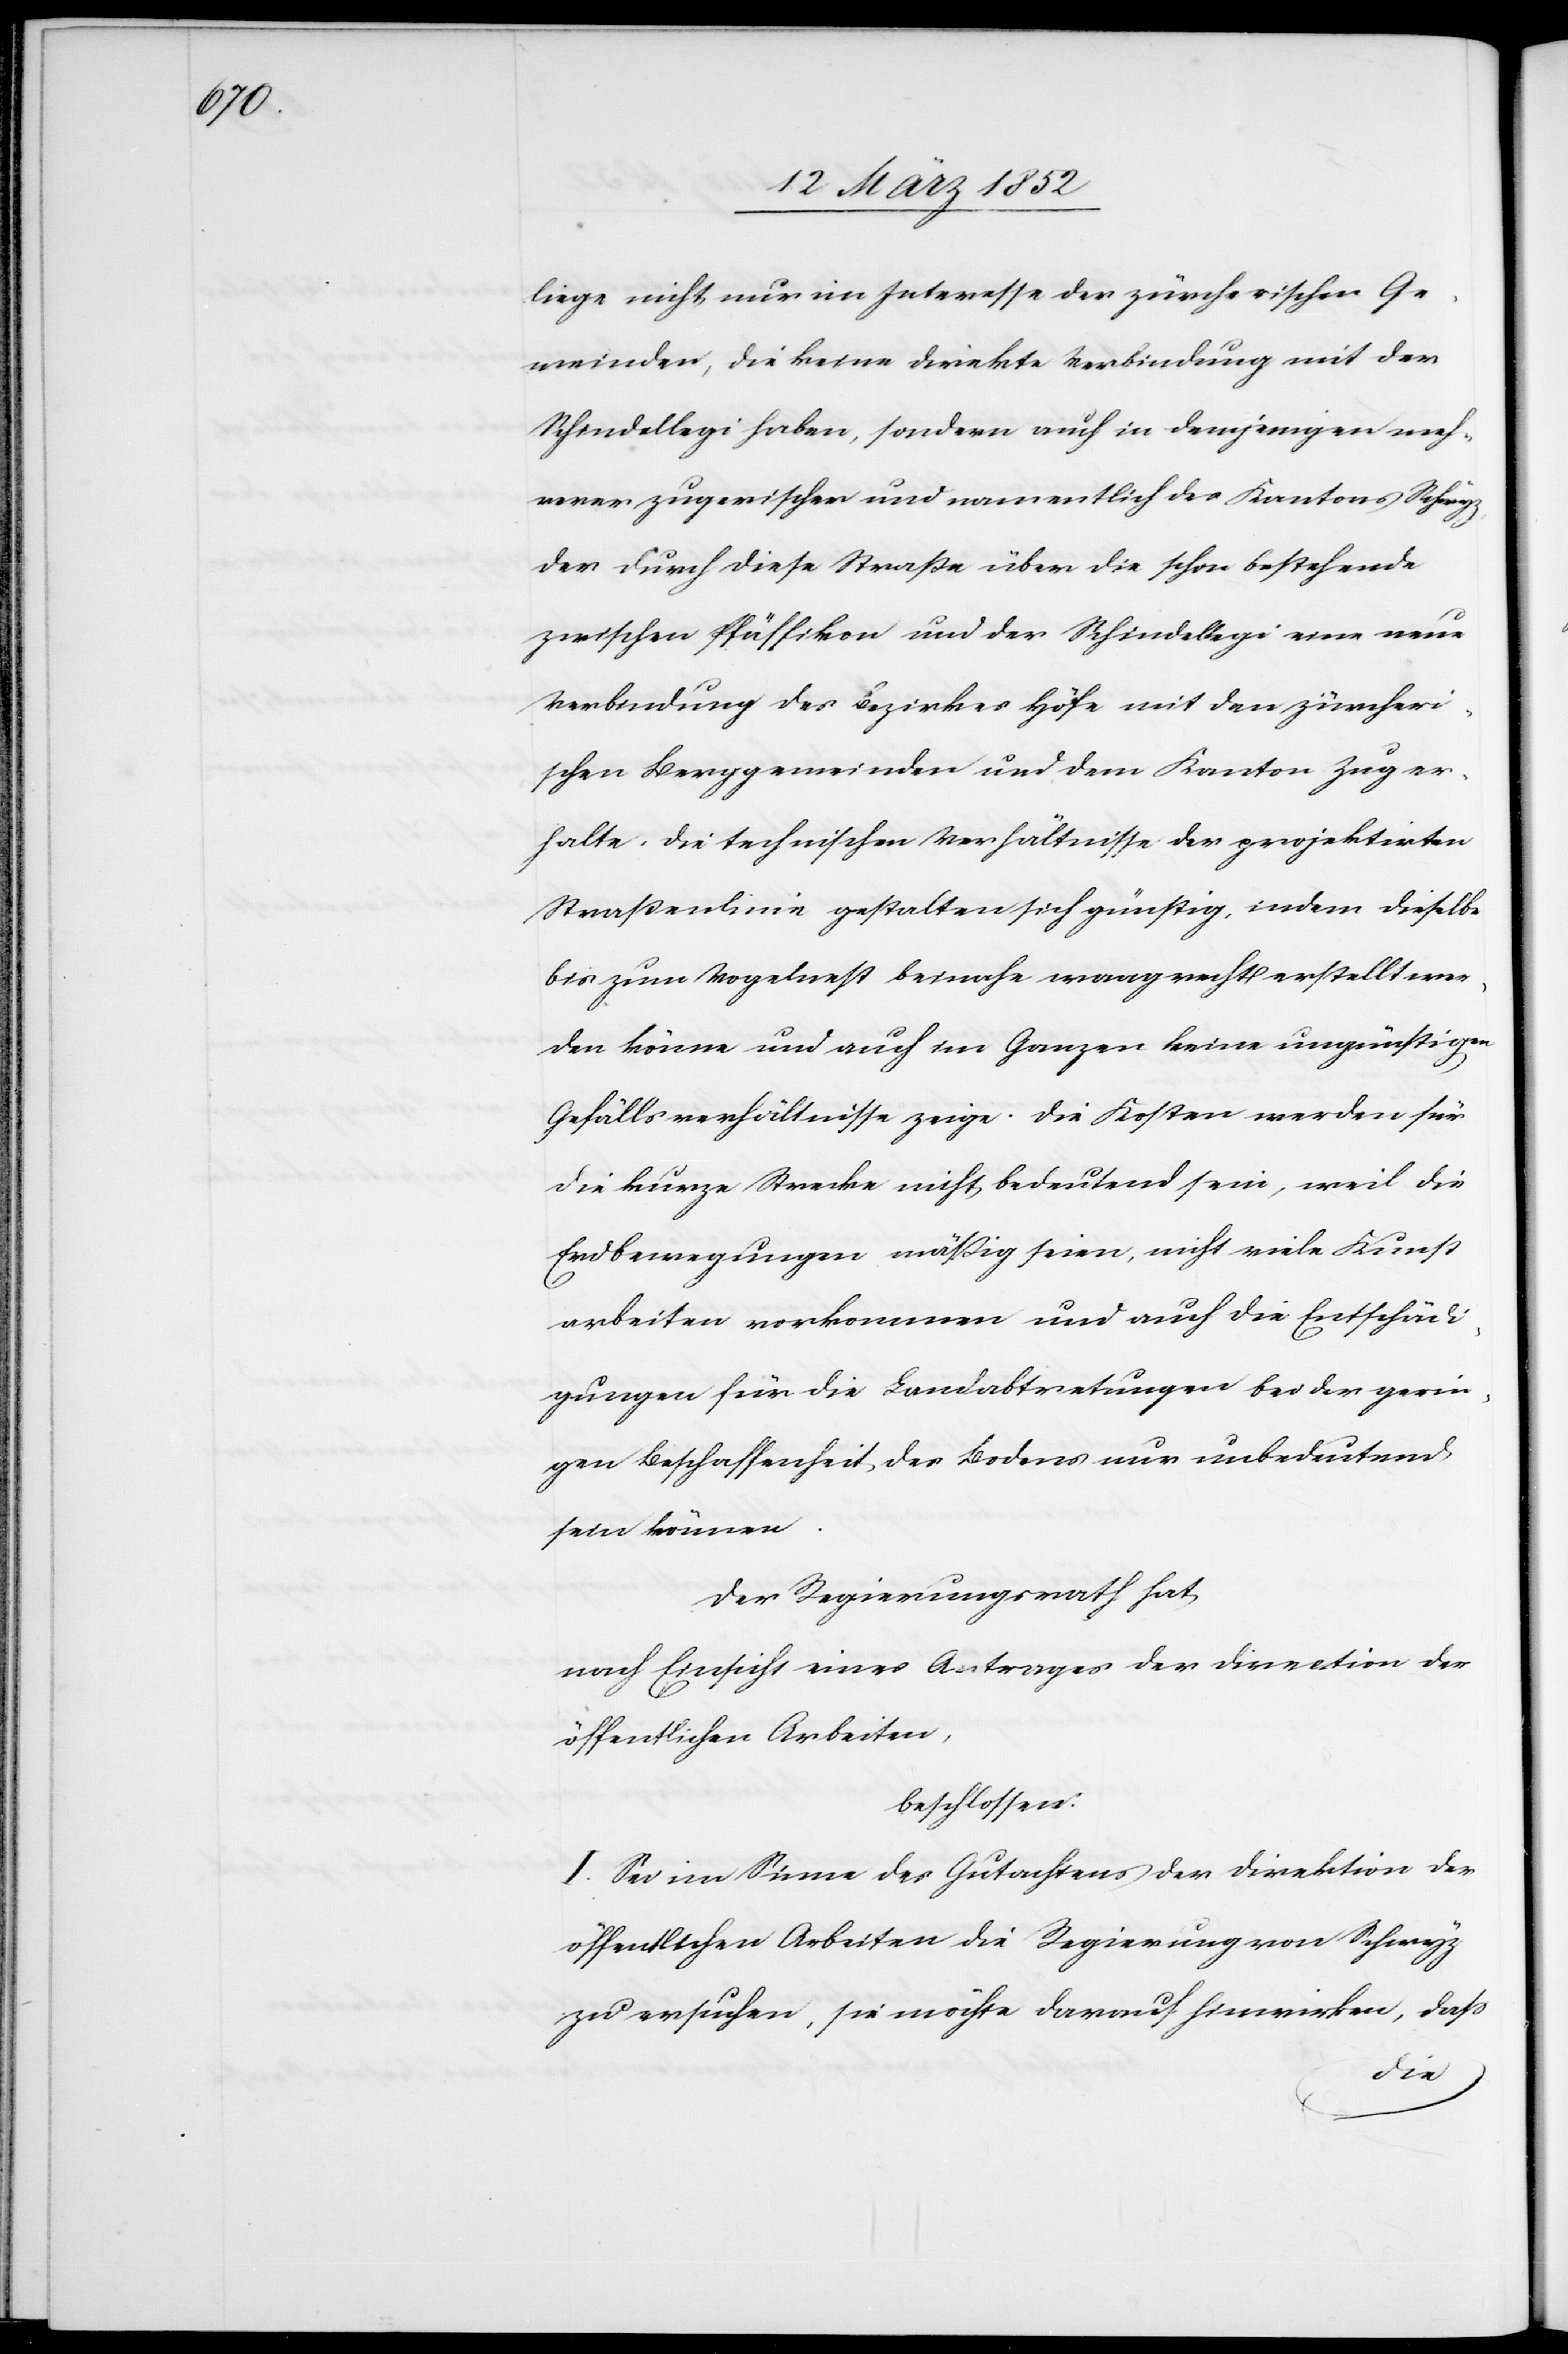
liege nicht nur im Interesse der zürcherischen Ge¬
meinden, die keine direkte Verbindung mit der
Schindellegi haben, sondern auch in demjenigen meh¬
rerer zugerischer und namentlich des Kantons Schwyz,
der durch diese Straße über die schon bestehende
zwischen Pfäffikon und der Schindellegi eine neue
Verbindung des Bezirkes Höfe mit den zürcheri¬
schen Berggemeinden und dem Kanton Zug er¬
halte. Die technischen Verhältnisse der projektirten
Straßenlinie gestalten sich günstig, indem dieselbe
bis zum Vogelnest beinahe waagrecht erstellt wer¬
den könne und auch im Ganzen keine ungünstigen
Gefällsverhältnisse zeige. Die Kosten werden für
die kurze Strecke nicht bedeutend sein, weil die
Erdbewegungen mäßig seien, nicht viele Kunst¬
arbeiten vorkommen und auch die Entschädi¬
gungen für die Landabtretungen bei der gerin¬
gen Beschaffenheit des Bodens nur unbedeutend
sein können.
Der Regierungsrath hat
nach Einsicht eines Antrages der Direction der
öffentlichen Arbeiten,
beschlossen.
I. Sei im Sinne des Gutachtens der Direktion der
öffentlichen Arbeiten die Regierung von Schwyz
zu ersuchen, sie möchte darauf hinwirken, daß